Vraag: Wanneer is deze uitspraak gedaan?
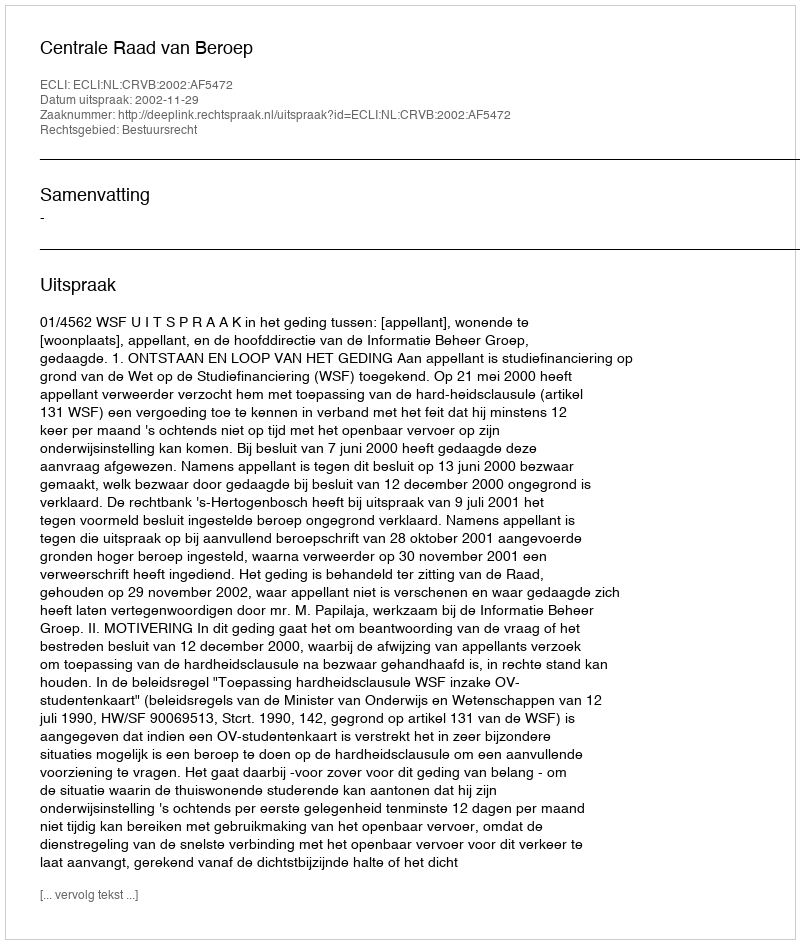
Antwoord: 2002-11-29